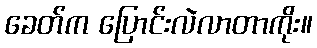
ခေတ်က ပြောင်းလဲလာတာကိုး။